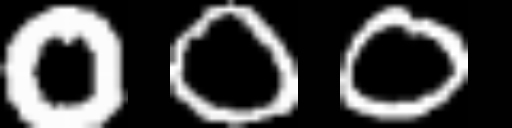
Text: 000